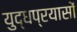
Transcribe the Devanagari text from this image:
युद्धप्रयासों